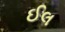
ઈલ